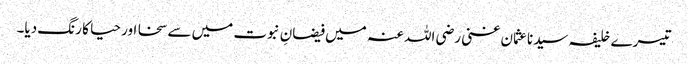
تیسرے خلیفہ سیدناعثمان غنی رضی اللہ عنہ میں فیضانِ نبوت میں سے سخا اور حیا کا رنگ دیا۔